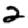
Digit: 2